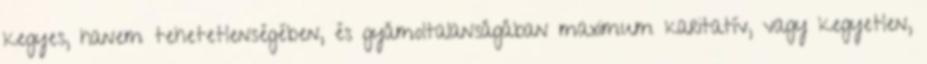
kegyes, hanem tehetetlenségében, és gyámoltalanságában maximum karitatív, vagy kegyetlen,